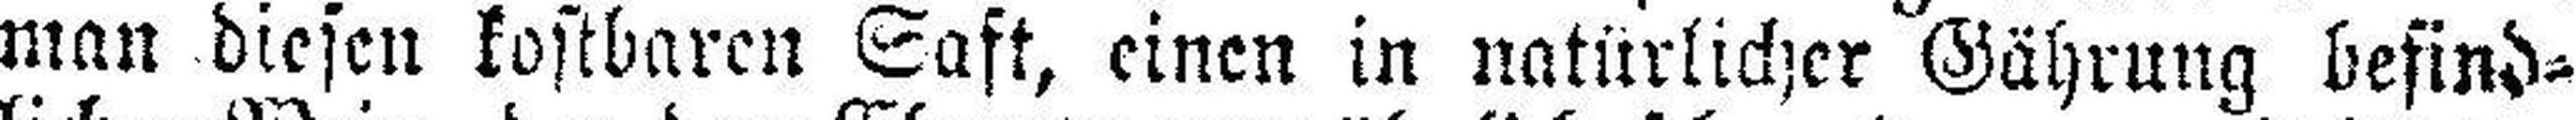
man diesen kostbaren Saft, einen in natürlicher Gährung befind¬